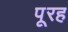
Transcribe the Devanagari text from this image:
पूरह